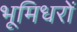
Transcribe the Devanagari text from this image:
भूमिधरों